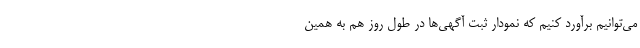
می‌توانیم برآورد کنیم که نمودار ثبت آگهی‌ها در طول روز هم به همین